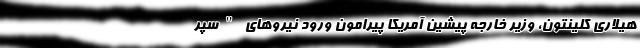
هیلاری کلینتون، وزیر خارجه پیشین آمریکا پیرامون ورود نیروهای "سپر